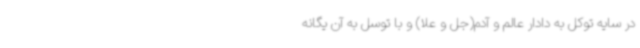
در سایه توکل به دادار عالم و آدم(جل و علا) و با توسل به آن یگانه